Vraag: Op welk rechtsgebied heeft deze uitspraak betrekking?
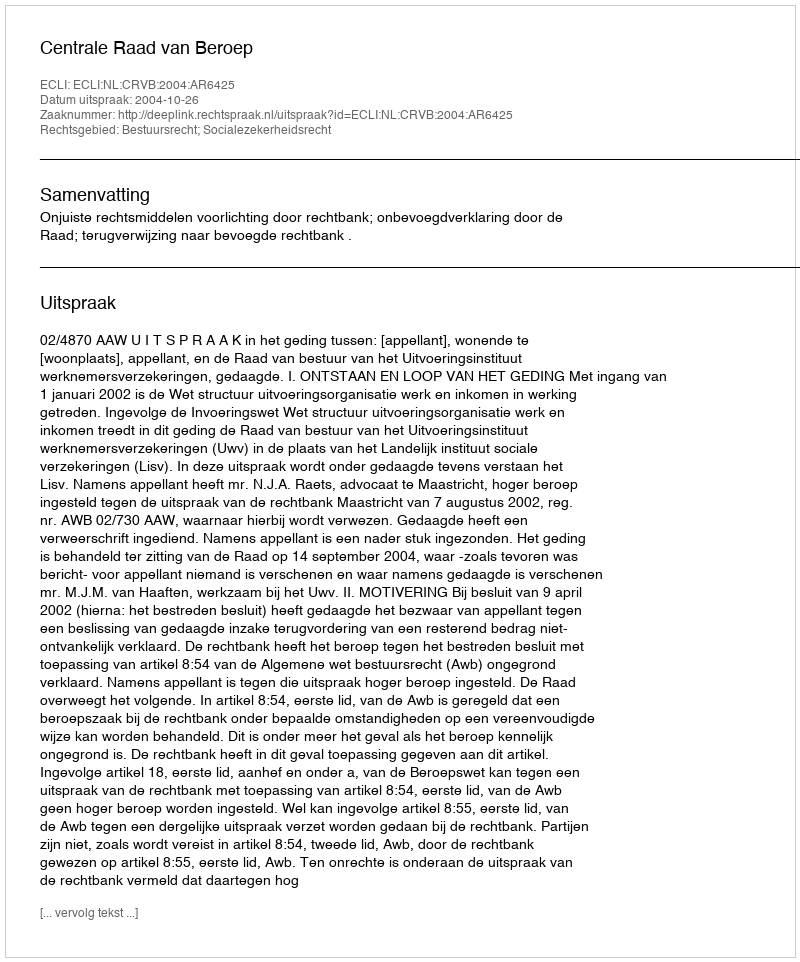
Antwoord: Bestuursrecht; Socialezekerheidsrecht